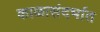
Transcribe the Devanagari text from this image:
काळासंदर्भात